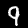
Label: 9